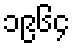
၁၉၆၄